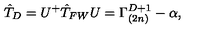
\hat { T } _ { D } = U ^ { + } \hat { T } _ { F W } U = \Gamma _ { ( 2 n ) } ^ { D + 1 } - \alpha ,